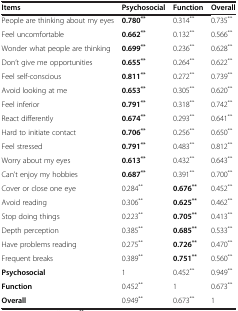
<table><thead><tr><td><b>Items</b></td><td><b>Psychosocial</b></td><td><b>Function</b></td><td><b>Overall</b></td></tr></thead><tbody><tr><td>People are thinking about my eyes</td><td><b>0.780</b><sup><b>**</b></sup></td><td>0.314<sup>**</sup></td><td>0.735<sup>**</sup></td></tr><tr><td>Feel uncomfortable</td><td><b>0.662</b><sup><b>**</b></sup></td><td>0.132<sup>**</sup></td><td>0.566<sup>**</sup></td></tr><tr><td>Wonder what people are thinking</td><td><b>0.699</b><sup><b>**</b></sup></td><td>0.236<sup>**</sup></td><td>0.628<sup>**</sup></td></tr><tr><td>Don’t give me opportunities</td><td><b>0.655</b><sup><b>**</b></sup></td><td>0.264<sup>**</sup></td><td>0.622<sup>**</sup></td></tr><tr><td>Feel self-conscious</td><td><b>0.811</b><sup><b>**</b></sup></td><td>0.272<sup>**</sup></td><td>0.739<sup>**</sup></td></tr><tr><td>Avoid looking at me</td><td><b>0.653</b><sup><b>**</b></sup></td><td>0.305<sup>**</sup></td><td>0.620<sup>**</sup></td></tr><tr><td>Feel inferior</td><td><b>0.791</b><sup><b>**</b></sup></td><td>0.318<sup>**</sup></td><td>0.742<sup>**</sup></td></tr><tr><td>React differently</td><td><b>0.674</b><sup><b>**</b></sup></td><td>0.293<sup>**</sup></td><td>0.641<sup>**</sup></td></tr><tr><td>Hard to initiate contact</td><td><b>0.706</b><sup><b>**</b></sup></td><td>0.256<sup>**</sup></td><td>0.650<sup>**</sup></td></tr><tr><td>Feel stressed</td><td><b>0.791</b><sup><b>**</b></sup></td><td>0.483<sup>**</sup></td><td>0.812<sup>**</sup></td></tr><tr><td>Worry about my eyes</td><td><b>0.613</b><sup><b>**</b></sup></td><td>0.432<sup>**</sup></td><td>0.643<sup>**</sup></td></tr><tr><td>Can’t enjoy my hobbies</td><td><b>0.687</b><sup><b>**</b></sup></td><td>0.391<sup>**</sup></td><td>0.700<sup>**</sup></td></tr><tr><td>Cover or close one eye</td><td>0.284<sup>**</sup></td><td><b>0.676</b><sup><b>**</b></sup></td><td>0.452<sup>**</sup></td></tr><tr><td>Avoid reading</td><td>0.306<sup>**</sup></td><td><b>0.625</b><sup><b>**</b></sup></td><td>0.462<sup>**</sup></td></tr><tr><td>Stop doing things</td><td>0.223<sup>**</sup></td><td><b>0.705</b><sup><b>**</b></sup></td><td>0.413<sup>**</sup></td></tr><tr><td>Depth perception</td><td>0.385<sup>**</sup></td><td><b>0.685</b><sup><b>**</b></sup></td><td>0.533<sup>**</sup></td></tr><tr><td>Have problems reading</td><td>0.275<sup>**</sup></td><td><b>0.726</b><sup><b>**</b></sup></td><td>0.470<sup>**</sup></td></tr><tr><td>Frequent breaks</td><td>0.389<sup>**</sup></td><td><b>0.751</b><sup><b>**</b></sup></td><td>0.560<sup>**</sup></td></tr><tr><td><b>Psychosocial</b></td><td>1</td><td>0.452<sup>**</sup></td><td>0.949<sup>**</sup></td></tr><tr><td><b>Function</b></td><td>0.452<sup>**</sup></td><td>1</td><td>0.673<sup>**</sup></td></tr><tr><td><b>Overall</b></td><td>0.949<sup>**</sup></td><td>0.673<sup>**</sup></td><td>1</td></tr></tbody></table>